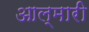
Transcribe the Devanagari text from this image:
आल्मारी